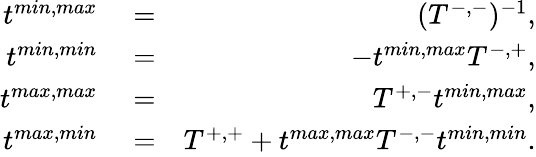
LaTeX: \begin{array}{rlr}{t^{min,max}}&{{}=}&{(T^{-,-})^{-1},}\\ {t^{min,min}}&{{}=}&{-t^{min,max}T^{-,+},}\\ {t^{max,max}}&{{}=}&{T^{+,-}t^{min,max},}\\ {t^{max,min}}&{{}=}&{T^{+,+}+t^{max,max}T^{-,-}t^{min,min}.}\end{array}